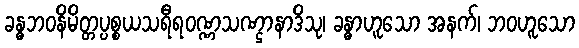
ခန္ဓဘဝနိမိတ္တပ္ပစ္စယသရီရဝဏ္ဏသဏ္ဌာနာဒိသု၊ ခန္ဓာဟူသော အနက်၊ ဘဝဟူသော